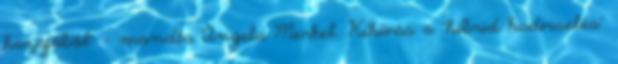
hazájából" - mondta Angela Merkel. Kihívás a "hibrid hadviselés"